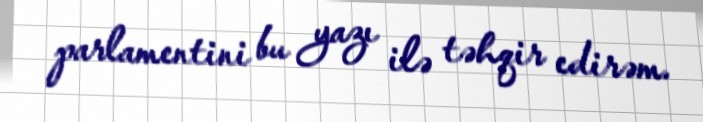
parlamentini bu yazı ilə təhqir edirəm.